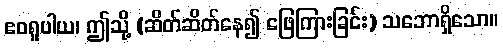
ဧဝရူပါယ၊ ဤသို့ (ဆိတ်ဆိတ်နေ၍ ဖြေကြားခြင်း) သဘောရှိသော။